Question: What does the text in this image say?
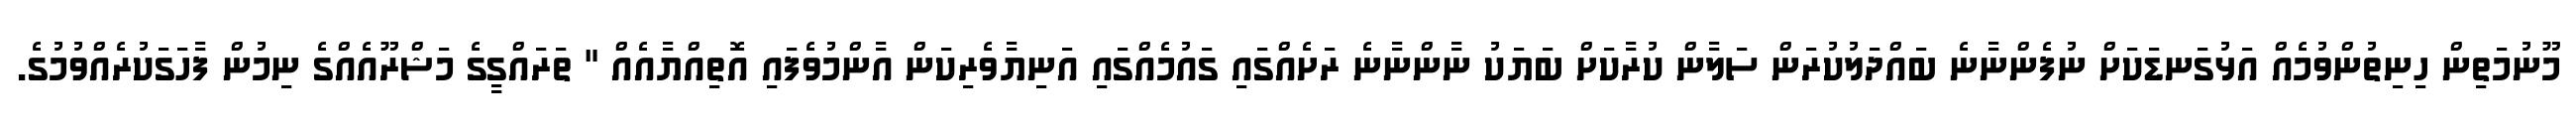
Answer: މޫނުމަތިން ހިނިތުންވުމެއް އަޅުގަނޑަކަށް ނުފެންނާނެ ބައްދަލުކުރަން ސަލާން ކުރާކަށް ބަޔަކު ނާންނާނެ ރަށެއްގައި ގައުމެއްގައި އަނިޔާވެރިކަން އާންމުވެފައި އޮތިއްޔާއެއް " ތަރައްގީގެ މަޝްރޫއެއްގެ ނިމުން ފާހަގަކުރެއްވުމުގެ.